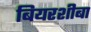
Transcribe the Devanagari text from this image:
बियरशीबा